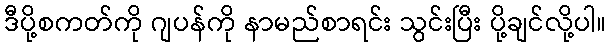
ဒီပို့စကတ်ကို ဂျပန်ကို နာမည်စာရင်း သွင်းပြီး ပို့ချင်လို့ပါ။